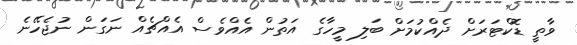
ވާތީ ޑޮކްޓަރަށް ދެއްކުމަށް ބަލި މީހާގެ އަތުން އެއްވެސް އެއްޗެއް ނަގަން ނުޖެހޭނެ